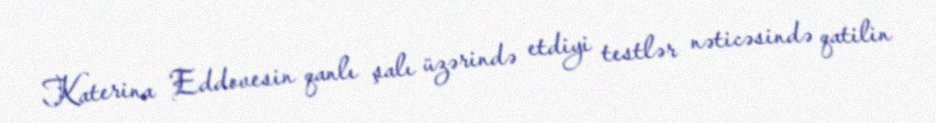
Katerina Eddovesin qanlı şalı üzərində etdiyi testlər nəticəsində qatilin